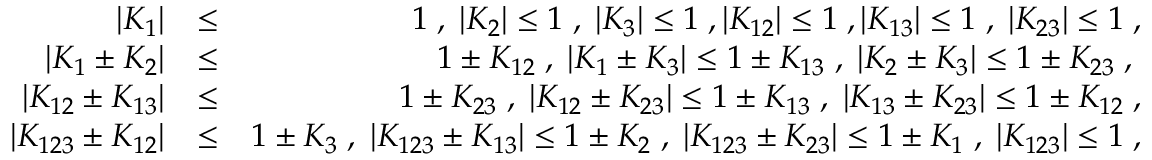
\begin{array} { r l r } { | K _ { 1 } | } & { \le } & { 1 \; , \; | K _ { 2 } | \le 1 \; , \; | K _ { 3 } | \le 1 \; , | K _ { 1 2 } | \le 1 \; , | K _ { 1 3 } | \le 1 \; , \; | K _ { 2 3 } | \le 1 \; , } \\ { \vert K _ { 1 } \pm K _ { 2 } \vert } & { \le } & { 1 \pm K _ { 1 2 } \; , \; \vert K _ { 1 } \pm K _ { 3 } \vert \le 1 \pm K _ { 1 3 } \; , \; \vert K _ { 2 } \pm K _ { 3 } \vert \le 1 \pm K _ { 2 3 } \; , \; } \\ { \vert K _ { 1 2 } \pm K _ { 1 3 } \vert } & { \le } & { 1 \pm K _ { 2 3 } \; , \; \vert K _ { 1 2 } \pm K _ { 2 3 } \vert \le 1 \pm K _ { 1 3 } \; , \; \vert K _ { 1 3 } \pm K _ { 2 3 } \vert \le 1 \pm K _ { 1 2 } \; , } \\ { \vert K _ { 1 2 3 } \pm K _ { 1 2 } \vert } & { \le } & { 1 \pm K _ { 3 } \; , \; \vert K _ { 1 2 3 } \pm K _ { 1 3 } \vert \le 1 \pm K _ { 2 } \; , \; \vert K _ { 1 2 3 } \pm K _ { 2 3 } \vert \le 1 \pm K _ { 1 } \; , \; | K _ { 1 2 3 } | \le 1 \; , } \end{array}